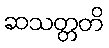
ဆသတ္တတိ